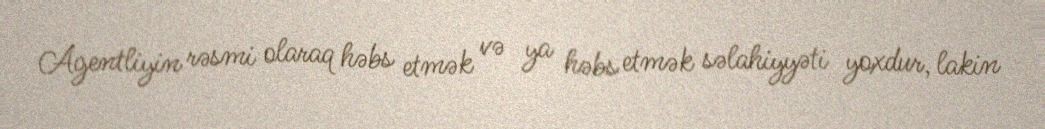
Agentliyin rəsmi olaraq həbs etmək və ya həbs etmək səlahiyyəti yoxdur, lakin